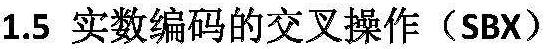
1.5 实数编码的交叉操作（SBX）